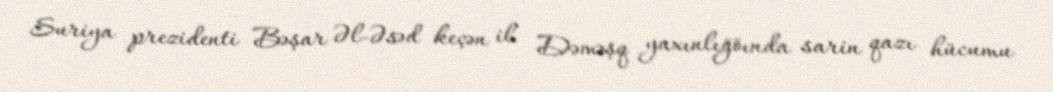
Suriya prezidenti Bəşar Əl-Əsəd keçən il Dəməşq yaxınlığöında sarin qazı hücumu